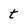
Character: t